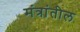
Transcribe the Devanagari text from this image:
मंत्रांतील